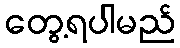
တွေ့ရပါမည်